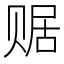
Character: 𧹕